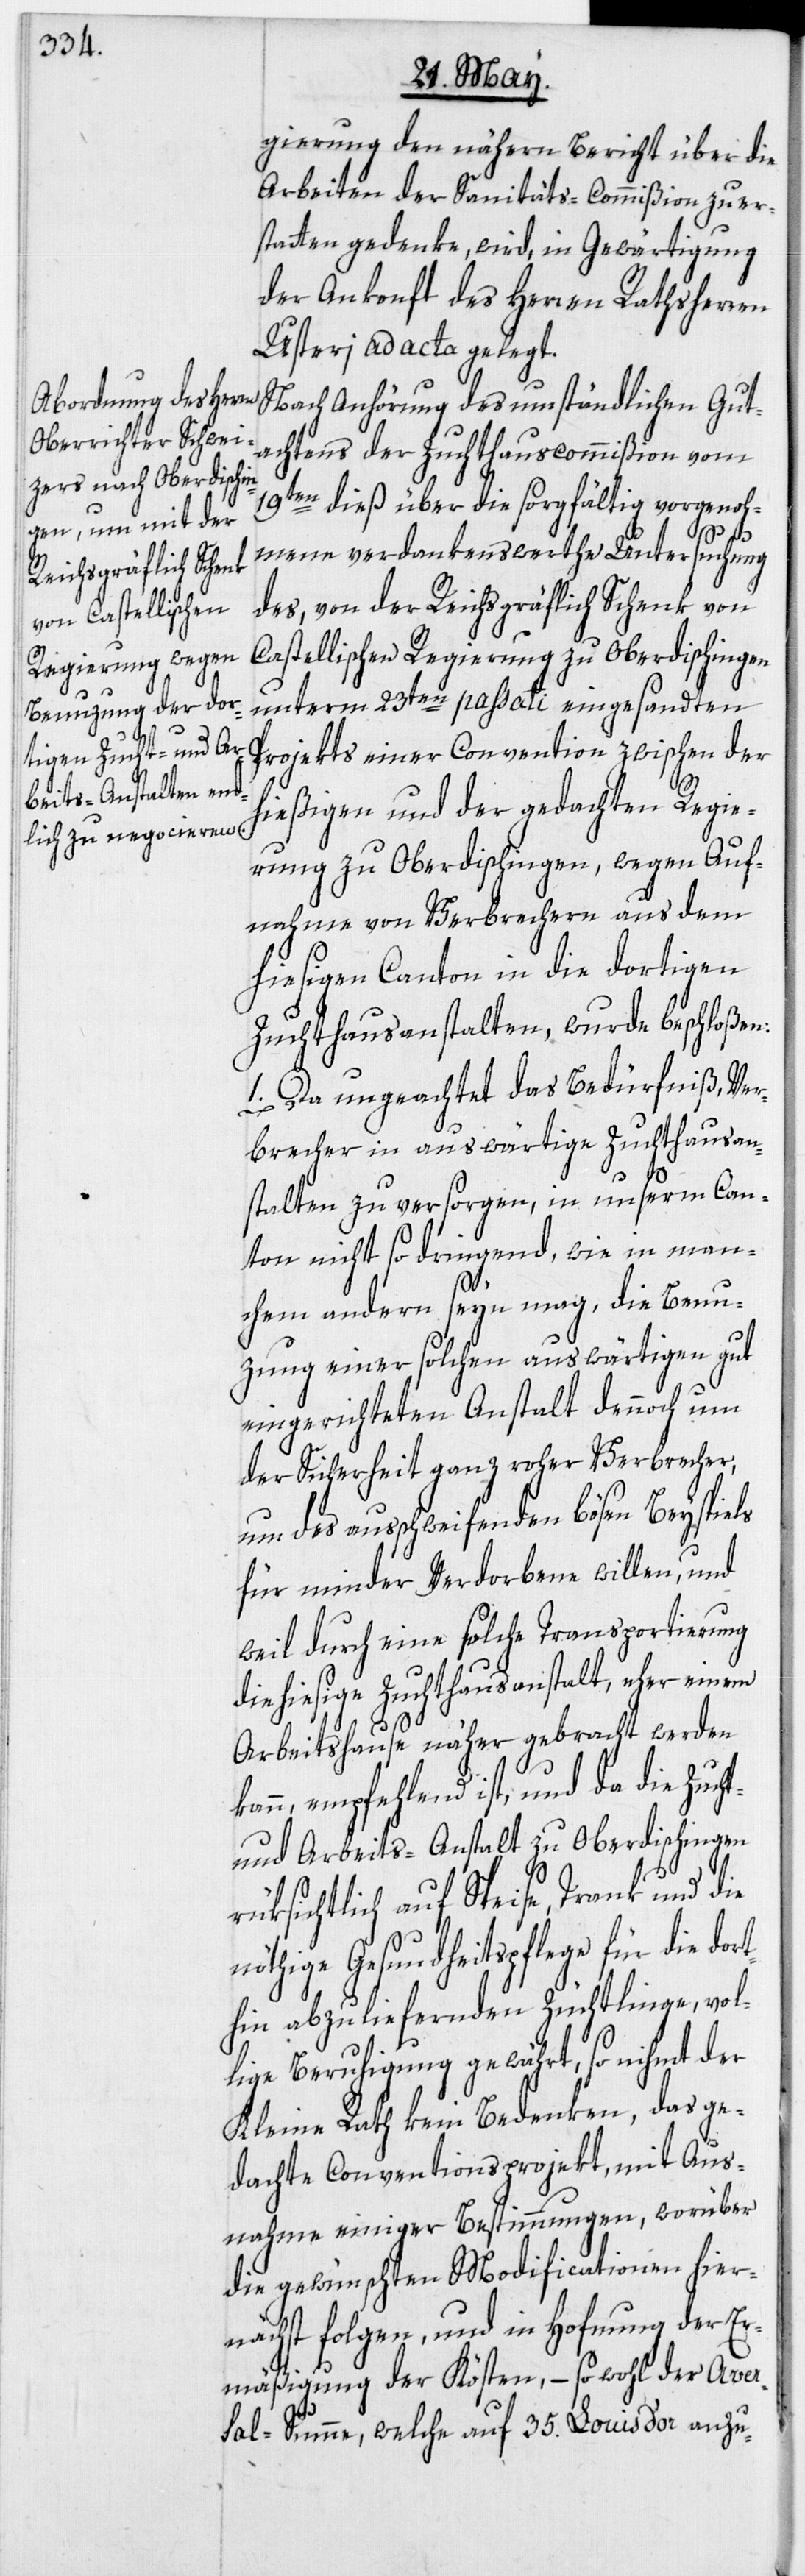
gierung den nähern Bericht über die
Arbeiten der Sanitäts-Commißion zu er¬
statten gedenke, wird, in Gewärtigung
der Ankonft des Herren Rathsherren
Usteri ad acta gelegt.
Nach Anhörung des umständlichen Gut¬
achtens der Zuchthauscommißion vom
19ten dieß über die sorgfältig vorgenoh¬
mene verdankenswerthe Untersuchung
des, von der Reichsgräflich Schenk von
Castellischen Regierung zu Oberdischingen
unterm 23ten passati eingesandten
Projekts einer Convention zwischen der
hießigen und der gedachten Regie¬
rung zu Oberdischingen, wegen Auf¬
nahme von Verbrechern aus dem
hiesigen Canton in die dortigen
Zuchthausanstalten, wurde beschloßen:
1. Da ungeachtet das Bedürfniß, Ver¬
brecher in auswärtige Zuchthausan¬
stalten zu versorgen, in unserm Can¬
ton nicht so dringend, wie in man¬
t-
chem andern seyn mag, die Benu¬
zung einer solchen auswärtigen gut
eingerichteten Anstalt dennoch um
der Sicherheit ganz roher Verbrecher,
um des ausschweifenden bösen Beyspiels
für minder Verdorbene willen, und
weil durch eine solche Transportierung
die hiesige Zuchthausanstalt, eher einem
Arbeitshause näher gebracht werden
kann, empfehlend ist, und da die Zuch¬
und Arbeits-Anstalt zu Oberdischingen
rüksichtlich auf Speise, Trank und die
nöthige Gesundheitspflege für die dort¬
hin abzuliefernden Züchtlinge, vol¬
lige Beruhigung gewährt, so nihmt der
Kleine Rath keine Bedenken, das ge¬
dachte Conventionsprojekt, mit Aus¬
nahme einiger Bestimmungen, worüber
die gewünschten Modificationen hier¬
nächst folgen, und in Hofnung der Er¬
mäßigung der Kösten, – so wohl der Aver¬
sal-Summe, welche auf 35. Louis d’or anzu-